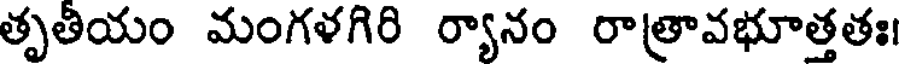
తృతియం మంగళగిరి ర్యానం రాత్రావభూత్తతః।